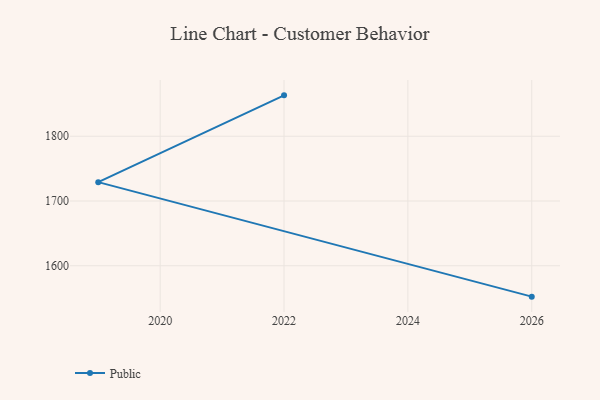
{"axis": {"x": "Year", "y": "Inventory Turnover"}, "legend": ["Public"], "data": [{"x": "2022", "y": 1863.1, "type": "Public"}, {"x": "2019", "y": 1729.1, "type": "Public"}, {"x": "2026", "y": 1552.3, "type": "Public"}]}